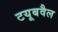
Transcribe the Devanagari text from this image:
टयूबवैल